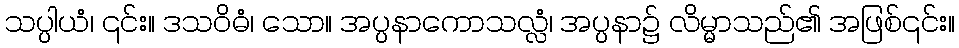
သပ္ပါယံ၊ ၎င်း။ ဒသဝိဓံ၊ သော။ အပ္ပနာကောသလ္လံ၊ အပ္ပနာ၌ လိမ္မာသည်၏ အဖြစ်၎င်း။